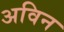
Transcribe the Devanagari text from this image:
अविन